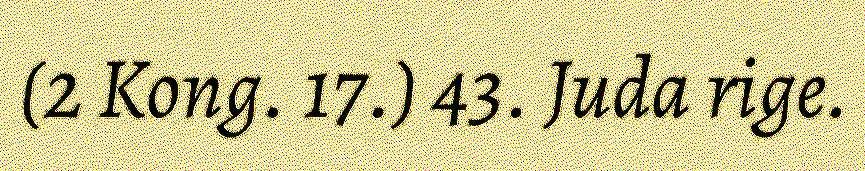
(2 Kong. 17.) 43. Juda rige.